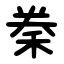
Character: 䅈